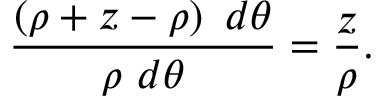
{ \frac { \left( \rho + z - \rho \right) \ d \theta } { \rho \ d \theta } } = { \frac { z } { \rho } } .